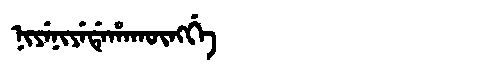
Manchu: ᠨᡳᠶᡝᠨᡳᠶᡝᡩᡝᡥᠠᡴᡡᠩᡤᡝ
Romanization: NIYENIYEDEHAKŪNGGE